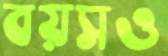
বয়সও